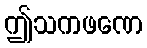
ဤသကဖဏေ